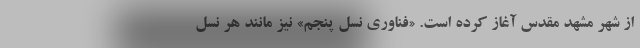
از شهر مشهد مقدس آغاز کرده است. «فناوری نسل پنجم» نیز مانند هر نسل